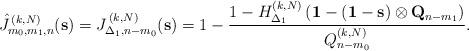
LaTeX: \begin{align*}\hat{J}_{m_{0},m_{1},n}^{\,(k,N)}(\mathbf{s})=J_{\Delta_{1},n-m_{0}}^{\,(k,N)}(\mathbf{s})=1-\frac{1-H_{\Delta _{1}}^{(k,N)}\left(\mathbf{1}-(\mathbf{1}-\mathbf{s})\otimes \mathbf{Q}_{n-m_{1}}\right) }{Q_{n-m_{0}}^{(k,N)}}. \end{align*}